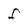
Character: F